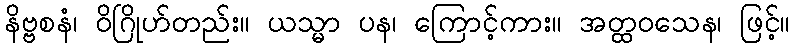
နိဗ္ဗစနံ၊ ဝိဂြိုဟ်တည်း။ ယသ္မာ ပန၊ ကြောင့်ကား။ အတ္ထဝသေန၊ ဖြင့်။